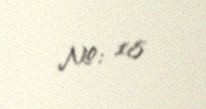
№: 18